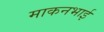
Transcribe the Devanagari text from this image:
माकनभाई